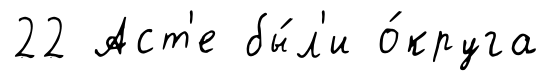
22 Аст'е бы́л'и о́круга